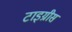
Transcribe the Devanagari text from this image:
टाइग्रीस